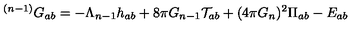
^ { ( n - 1 ) } G _ { a b } = - \Lambda _ { n - 1 } h _ { a b } + 8 \pi G _ { n - 1 } \mathcal { T } _ { a b } + ( 4 \pi G _ { n } ) ^ { 2 } \Pi _ { a b } - E _ { a b }